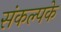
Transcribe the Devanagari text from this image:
संकल्पके